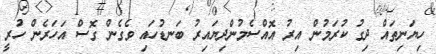
ހިޔަނިތައް ދިގު ކުރަމުން އިރު އޮއްސެމުންދިޔައިރު ބަނޑުހައި ވެގެން ގޮސް އަހަރެން ހުރީ